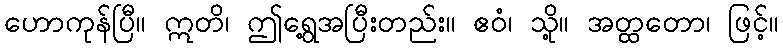
ဟောကုန်ပြီ။ ဣတိ၊ ဤရွေ့အပြီးတည်း။ ဧဝံ၊ သို့။ အတ္ထတော၊ ဖြင့်။